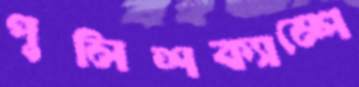
পুলিশক্যাম্পে